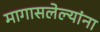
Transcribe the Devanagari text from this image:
मागासलेल्यांना